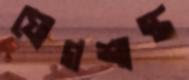
যোগশাস্ত্র